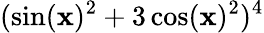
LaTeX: (\sin(\mathbf{x})^{2}+3\cos(\mathbf{x})^{2})^{4}